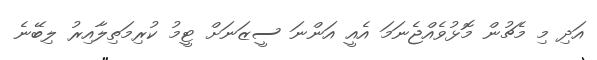
އަދި މި މެޗުން މޮޅުވެއްޖެނަމަ އެއީ އަންނަ ސީޒަނަށް ޓީމު ކުރިމަތިލާއިރު ލިބޭނެ